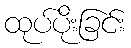
ထုပ်ပိုးခြင်း